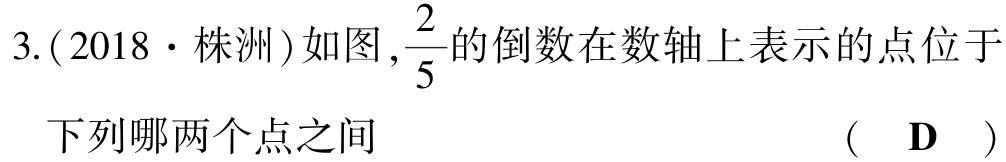
3.(2018·株洲)如图,$\frac{2}{5}$的倒数在数轴上表示的点位于下列哪两个点之间  (  D  )